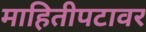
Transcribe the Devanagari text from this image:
माहितीपटावर